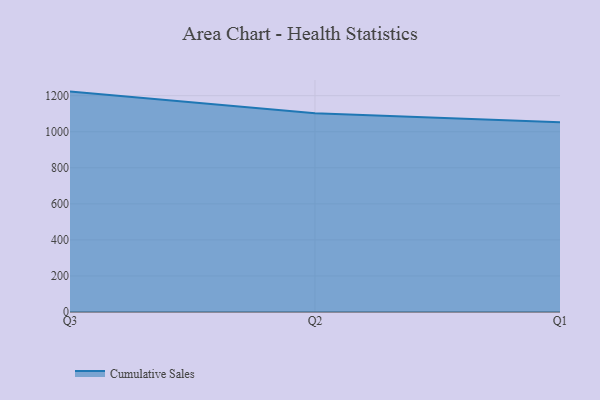
{"axis": {"x": "Quarter", "y": "Backlog"}, "legend": ["Cumulative Sales"], "data": [{"x": "Q3", "y": 1222.5, "type": "Cumulative Sales"}, {"x": "Q2", "y": 1102.0, "type": "Cumulative Sales"}, {"x": "Q1", "y": 1052.4, "type": "Cumulative Sales"}]}